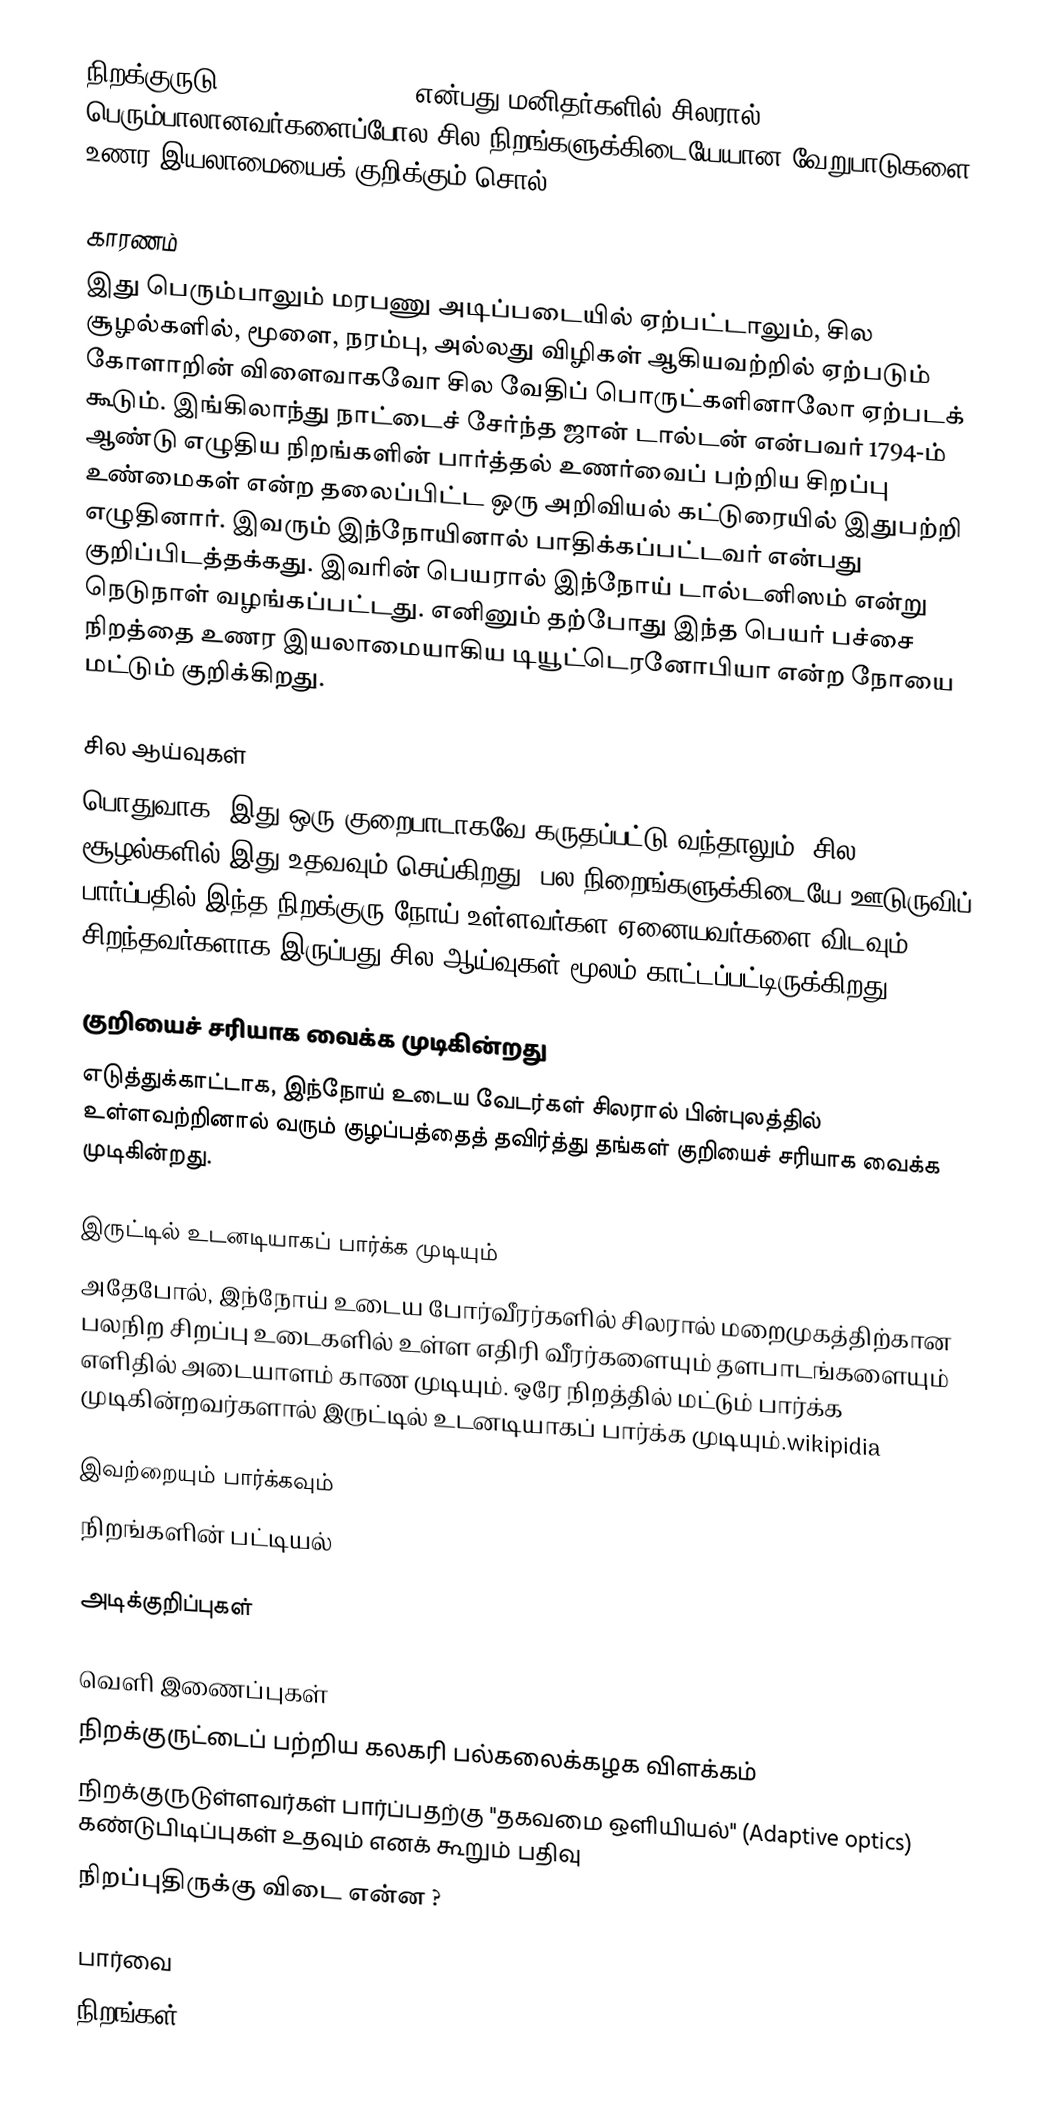
நிறக்குருடு (Colour blindness) என்பது மனிதர்களில் சிலரால் பெரும்பாலானவர்களைப்போல சில நிறங்களுக்கிடையேயான வேறுபாடுகளை உணர இயலாமையைக் குறிக்கும் சொல்.

காரணம்
இது பெரும்பாலும் மரபணு அடிப்படையில் ஏற்பட்டாலும், சில சூழல்களில், மூளை, நரம்பு, அல்லது விழிகள் ஆகியவற்றில் ஏற்படும் கோளாறின் விளைவாகவோ சில வேதிப் பொருட்களினாலோ ஏற்படக் கூடும். இங்கிலாந்து நாட்டைச் சேர்ந்த ஜான் டால்டன் என்பவர் 1794-ம் ஆண்டு எழுதிய நிறங்களின் பார்த்தல் உணர்வைப் பற்றிய சிறப்பு உண்மைகள் என்ற தலைப்பிட்ட ஒரு அறிவியல் கட்டுரையில் இதுபற்றி எழுதினார். இவரும் இந்நோயினால் பாதிக்கப்பட்டவர் என்பது குறிப்பிடத்தக்கது. இவரின் பெயரால் இந்நோய் டால்டனிஸம் என்று நெடுநாள் வழங்கப்பட்டது. எனினும் தற்போது இந்த பெயர் பச்சை நிறத்தை உணர இயலாமையாகிய டியூட்டெரனோபியா என்ற நோயை மட்டும் குறிக்கிறது.

சில ஆய்வுகள்
பொதுவாக, இது ஒரு குறைபாடாகவே கருதப்பட்டு வந்தாலும், சில சூழல்களில் இது உதவவும் செய்கிறது. பல நிறைங்களுக்கிடையே ஊடுருவிப் பார்ப்பதில் இந்த நிறக்குரு நோய் உள்ளவர்கள ஏனையவர்களை விடவும் சிறந்தவர்களாக இருப்பது சில ஆய்வுகள் மூலம் காட்டப்பட்டிருக்கிறது.

குறியைச் சரியாக வைக்க முடிகின்றது
எடுத்துக்காட்டாக, இந்நோய் உடைய வேடர்கள் சிலரால் பின்புலத்தில் உள்ளவற்றினால் வரும் குழப்பத்தைத் தவிர்த்து தங்கள் குறியைச் சரியாக வைக்க முடிகின்றது.

இருட்டில் உடனடியாகப் பார்க்க முடியும்
அதேபோல், இந்நோய் உடைய போர்வீரர்களில் சிலரால் மறைமுகத்திற்கான பலநிற சிறப்பு உடைகளில் உள்ள எதிரி வீரர்களையும் தளபாடங்களையும் எளிதில் அடையாளம் காண முடியும். ஒரே நிறத்தில் மட்டும் பார்க்க முடிகின்றவர்களால் இருட்டில் உடனடியாகப் பார்க்க முடியும்.wikipidia

இவற்றையும் பார்க்கவும்
 நிறங்களின் பட்டியல்

அடிக்குறிப்புகள்

வெளி இணைப்புகள்
 நிறக்குருட்டைப் பற்றிய கலகரி பல்கலைக்கழக விளக்கம்
 நிறக்குருடுள்ளவர்கள் பார்ப்பதற்கு "தகவமை ஒளியியல்" (Adaptive optics) கண்டுபிடிப்புகள் உதவும் எனக் கூறும் பதிவு
 நிறப்புதிருக்கு விடை என்ன ?

பார்வை
நிறங்கள்